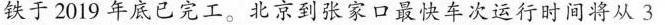
铁于2019年底已完工。北京到张4家口最快车次运行时间将从3